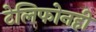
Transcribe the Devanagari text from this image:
टेलिफोनही